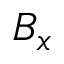
B _ { x }